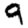
Digit: 9